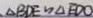
、 \Delta B D E \sim \Delta E D O